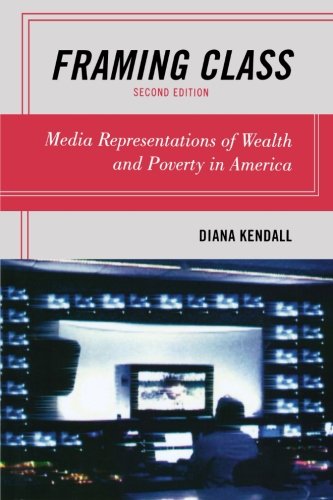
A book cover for Framing Class: Media Representations of Wealth and Poverty in America; Diana Kendall; Crafts, Hobbies & Home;